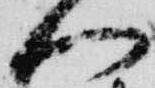
門